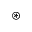
\circledast